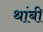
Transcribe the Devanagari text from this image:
थांबी